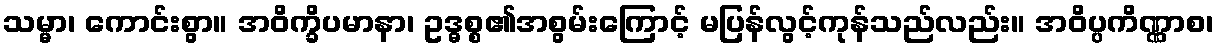
သမ္မာ၊ ကောင်းစွာ။ အဝိက္ခိပမာနာ၊ ဥဒ္ဓစ္စ၏အစွမ်းကြောင့် မပြန်လွင့်ကုန်သည်လည်း။ အဝိပ္ပကိဏ္ဏာစ၊